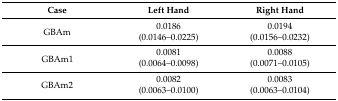
| Case | Left Hand | Right Hand |
 | --- | --- | --- |
 | <ROWSPAN=2> GBAm | 0.0186 | 0.0194 |
 | (0.0146–0.0225) | (0.0156–0.0232) |
 | <ROWSPAN=2> GBAm1 | 0.0081 | 0.0088 |
 | (0.0064–0.0098) | (0.0071–0.0105) |
 | <ROWSPAN=2> GBAm2 | 0.0082 | 0.0083 |
 | (0.0063–0.0100) | (0.0063–0.0104) |